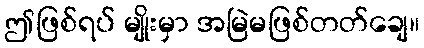
ဤဖြစ်ရပ် မျိုးမှာ အမြဲမဖြစ်တတ်ချေ။